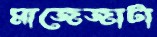
মাজেজাটা